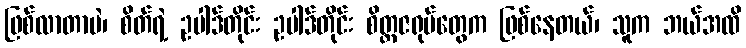
ဖြစ်လာတာပဲ၊ စိတ်ရဲ့ ဥပါဒ်တိုင်း ဥပါဒ်တိုင်း စိတ္တဇရုပ်တွေက ဖြစ်နေတယ်၊ သူက ဘယ်အထိ